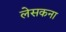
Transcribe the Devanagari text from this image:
लेसकना